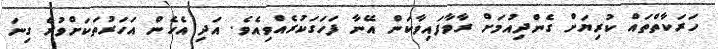
ހަރަކާތްތައް ކުރިޔަށް ގެންދިއުމަށް ރާވާފައިވާކަން އޭނާ ފަހަގަކުރެއްވިއެވެ. އަދި އެހެން އަހަރުތަކަށްވުރެ ގިނަ